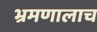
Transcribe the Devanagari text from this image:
भ्रमणालाच